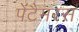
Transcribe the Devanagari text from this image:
पेंटैमरस